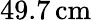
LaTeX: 49.7\, \mathrm{cm}